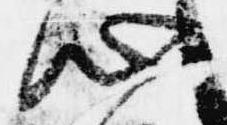
心